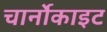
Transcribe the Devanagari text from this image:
चार्नोकाइट